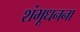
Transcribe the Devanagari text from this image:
शंभूधनना